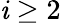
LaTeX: \mathit{i}\geq2